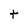
Character: t